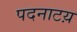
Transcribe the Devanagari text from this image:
पदनाटय़